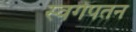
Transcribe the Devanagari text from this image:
स्वर्गपतन